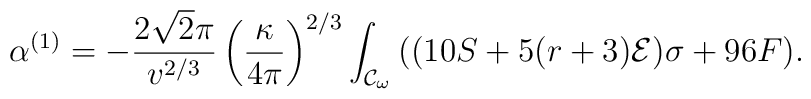
\alpha^{(1)}=-\frac{2\sqrt{2}\pi}{v^{2/3}}\left(\frac{\kappa}{4\pi}\right)^{2/3}\int_{{\cal{C}}_{\omega}}{((10S+5(r+3){\cal{E}})\sigma+96F)}.